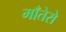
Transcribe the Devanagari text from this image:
माँतेरो